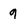
Character: 9